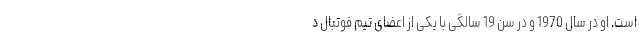
است. او در سال 1970 و در سن 19 سالگی با یکی از اعضای تیم فوتبال د